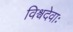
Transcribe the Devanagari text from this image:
विश्वदेवाः